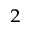
_ 2